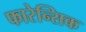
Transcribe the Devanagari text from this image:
फारेन्सिक